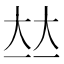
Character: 𡘋